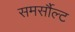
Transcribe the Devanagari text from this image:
समर्सौल्ट